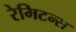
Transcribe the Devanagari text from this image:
रेमिटन्स